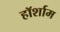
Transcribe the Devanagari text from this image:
हॉर्शाम